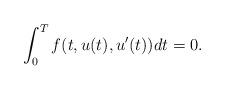
LaTeX: \begin{align*}\int_0^T f(t,u(t),u'(t))dt=0.\end{align*}